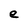
Character: e